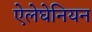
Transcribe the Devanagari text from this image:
ऐलेघेनियन